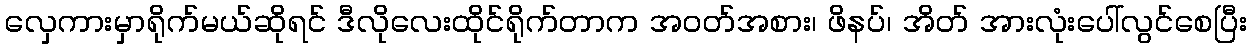
လှေကားမှာရိုက်မယ်ဆိုရင် ဒီလိုလေးထိုင်ရိုက်တာက အဝတ်အစား၊ ဖိနပ်၊ အိတ် အားလုံးပေါ်လွင်စေပြီး